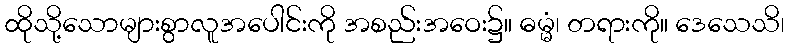
ထိုသို့သောများစွာလူအပေါင်းကို အစည်းအဝေး၌။ ဓမ္မံ၊ တရားကို။ ဒေသေသိ၊